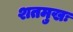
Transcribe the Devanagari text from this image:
शतमुखः